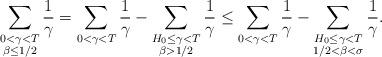
LaTeX: \begin{align*}\sum_{\substack{ 0 < \gamma < T \\ \beta \le 1/2}} \frac{1}{\gamma}=\sum_{\substack{ 0 < \gamma < T }} \frac{1}{\gamma}- \sum_{\substack{ H_0 \le \gamma < T \\ \beta > 1/2}} \frac{1}{\gamma}\le \sum_{\substack{ 0 < \gamma < T }} \frac{1}{\gamma}- \sum_{\substack{ H_0 \le \gamma < T \\ 1/2< \beta < \sigma }} \frac{1}{\gamma}.\end{align*}